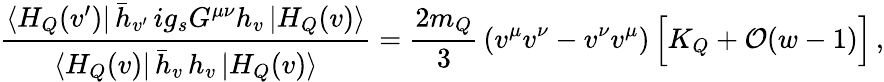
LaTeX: {\frac{\langle H_{Q}(v^{\prime})|\, \bar{h}_{v^{\prime}}\, ig_{s}G^{\mu\nu}h_{v}\, |H_{Q}(v)\rangle}{\langle H_{Q}(v)|\, \bar{h}_{v}\, h_{v}\, |H_{Q}(v)\rangle}}={\frac{2m_{Q}}{3}}\, (v^{\mu}v^{\nu}-v^{\nu}v^{\mu})\, \Big[K_{Q}+{\cal{O}}(w-1)\Big]\, ,